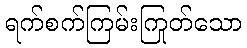
ရက်စက်ကြမ်းကြုတ်သော